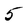
Character: 5